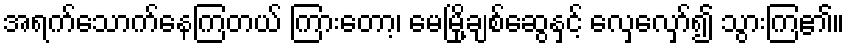
အရက်သောက်နေကြတယ် ကြားတော့၊ မေမြို့ချစ်ဆွေနှင့် လှေလှော်၍ သွားကြ၏။